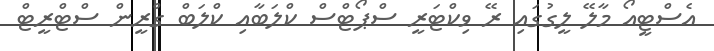
އެސްޓީއޯ މާލޭ ލީގުގައި ރޭ ވިކްޓަރީ ސްޕޯޓްސް ކްލަބާއި ކްލަބް ގްރީން ސްޓްރީޓް